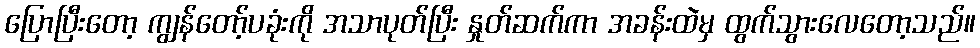
ပြောပြီးတော့ ကျွန်တော့်ပခုံးကို အသာပုတ်ပြီး နှုတ်ဆက်ကာ အခန်းထဲမှ ထွက်သွားလေတော့သည်။